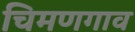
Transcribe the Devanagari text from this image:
चिमणगाव